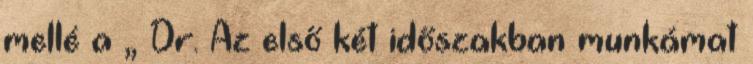
mellé a „ Dr. Az első két időszakban munkámat